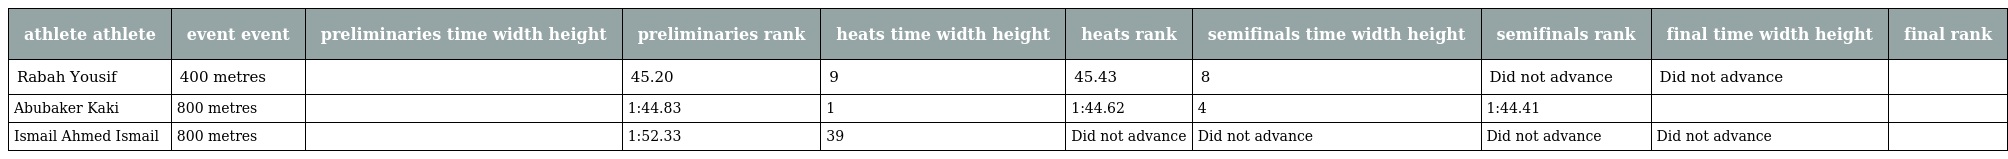
| athlete athlete | event event | preliminaries time width height | preliminaries rank | heats time width height | heats rank | semifinals time width height | semifinals rank | final time width height | final rank |
 | --- | --- | --- | --- | --- | --- | --- | --- | --- | --- |
 | Rabah Yousif | 400 metres |  | 45.20 | 9 | 45.43 | 8 | Did not advance | Did not advance |  |
 | Abubaker Kaki | 800 metres |  | 1:44.83 | 1 | 1:44.62 | 4 | 1:44.41 |  |  |
 | Ismail Ahmed Ismail | 800 metres |  | 1:52.33 | 39 | Did not advance | Did not advance | Did not advance | Did not advance |  |